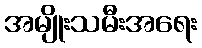
အမျိုးသမီးအရေး